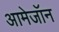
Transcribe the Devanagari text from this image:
आमेजॉन